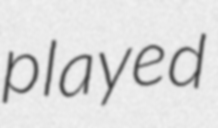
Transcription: played